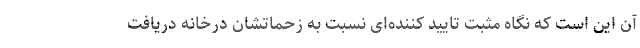
آن این است که نگاه مثبت تایید کننده‌ای نسبت به زحماتشان درخانه دریافت